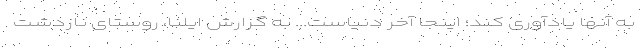
به آنها یادآوری کند؛ اینجا آخر دنیاست... به گزارش ایلنا، روستای نازدشت